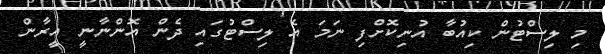
މި ލިސްޓުން ކިއުބާ އުނިކޮށްފި ނަމަ އެ ލިސްޓުގައި ދެން އޮންނާނީ އީރާން